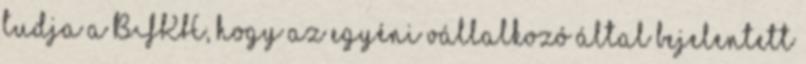
tudja a BFKH, hogy az egyéni vállalkozó által bejelentett